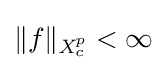
\|f\|_{{\textit {X}}_{c}^{p}}<\infty